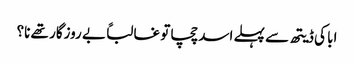
ابا کی ڈیتھ سے پہلے اسد چچا تو غالباً بے روزگار تھے نا؟